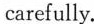
carefully.